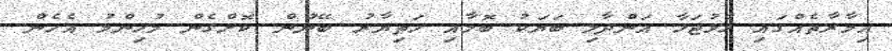
އިމާރާތެއްގައި ހުޅުޖަހާ އަންދާލި ބަޔަކު ބޮމާއި ހަތިޔާރު ބޭނުން ކޮށްގެން މުހިންމު އެހެން